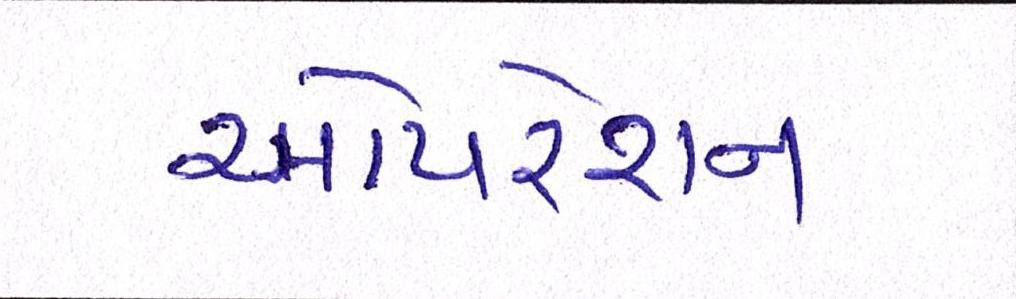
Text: ઓપરશન